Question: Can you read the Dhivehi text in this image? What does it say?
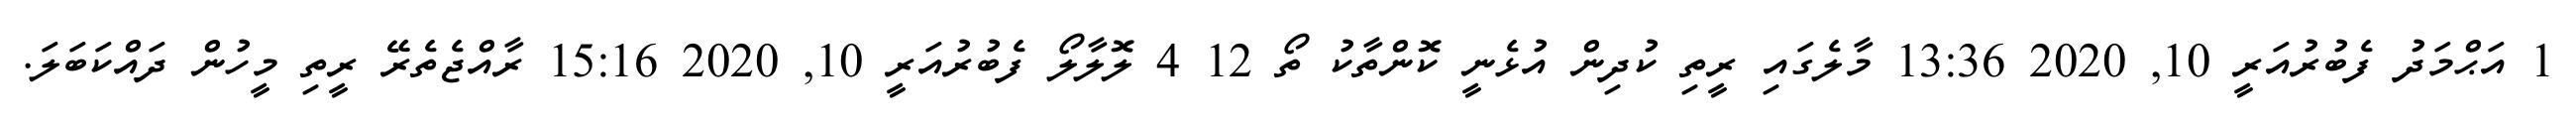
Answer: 1 އަޙްމަދު ފެބުރުއަރީ 10, 2020 13:36 މާލެގައި ރީތި ކުދިން އުޅެނީ ކޮންތާކު ތޯ 12 4 ލޮލާލޯ ފެބުރުއަރީ 10, 2020 15:16 ރާއްޖެތެރޭ ރީތި މީހުން ދައްކަބަލަ.